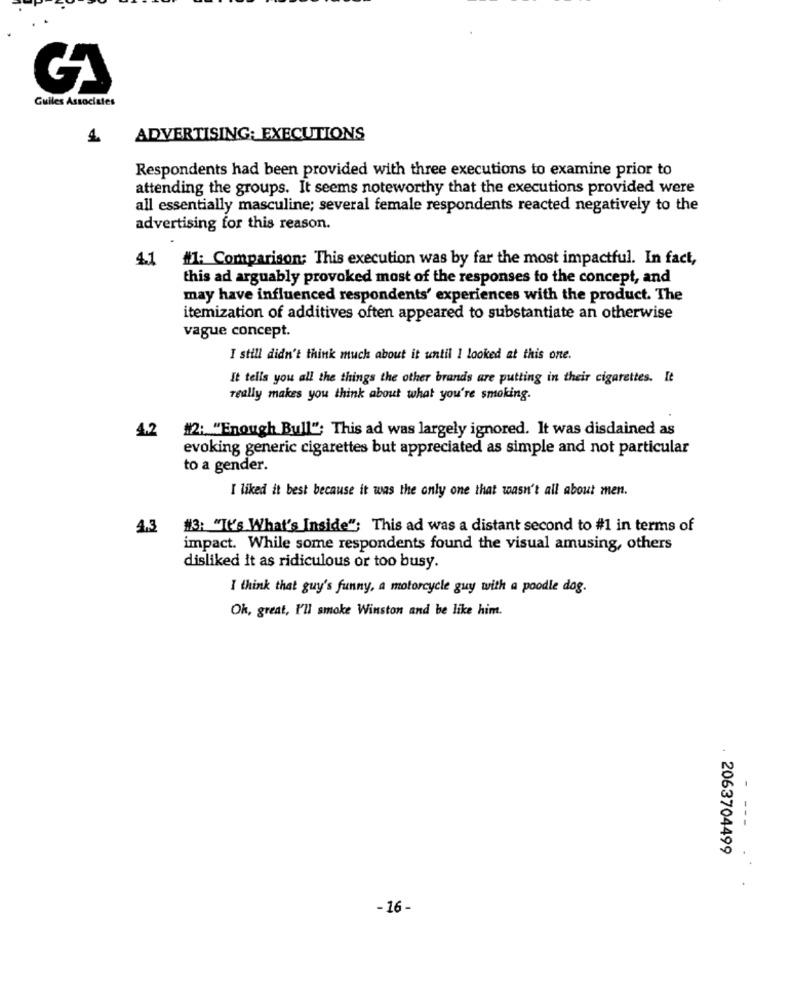
Guiles Associates
ADVERTISING: EXECUTIONS
Respondents had been provided with three executions to examine prior to
attending the groups. It seems noteworthy that the executions provided were
all essentially masculine; several female respondents reacted negatively to the
advertising for this reason.
4.1 #1: Comparison: This execution was by far the most impactful. In fact,
this ad arguably provoked most of the responses to the concept, and
may have influenced respondents' experiences with the product. The
itemization of additives often appeared to substantiate an otherwise
vague concept.
I still didn't think much about it until I looked at this one.
It tells you all the things the other brands are putting in their cigarettes. It
really makes you think about what you're smoking.
4.2
#2: "Enough Bull"; This ad was largely ignored. It was disdained as
evoking generic cigarettes but appreciated as simple and not particular
to a gender.
I liked it best because it was the only one that wasn't all about men.
4.3 13: "It's What's Inside"; This ad was a distant second to #1 in terms of
impact. While some respondents found the visual amusing, others
disliked it as ridiculous or too busy.
I think that guy's funny, a motorcycle guy with a poodle dog.
Oh, great, I'll smoke Winston and be like him.
- ---
2063704499
-16-